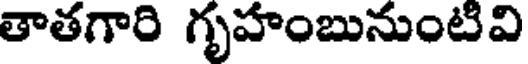
తాతగారి గృహంబునుంటివి